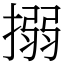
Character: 搦